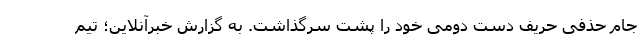
جام حذفی حریف دست دومی خود را پشت سرگذاشت. به گزارش خبرآنلاین؛ تیم